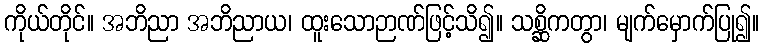
ကိုယ်တိုင်။ အဘိညာ အဘိညာယ၊ ထူးသောဉာဏ်ဖြင့်သိ၍။ သစ္ဆိကတွာ၊ မျက်မှောက်ပြု၍။